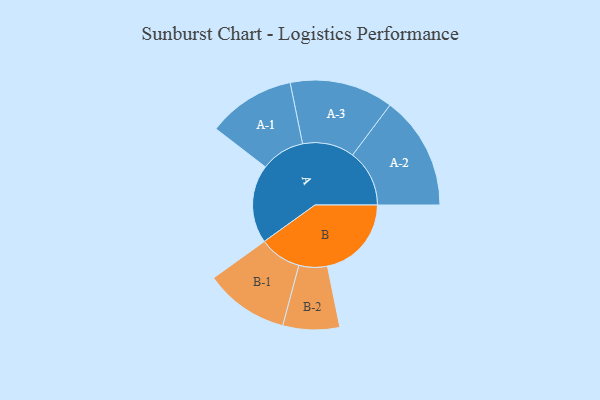
{"axis": {"x": "Segment", "y": "Value"}, "legend": ["", "A", "B"], "data": [{"x": "A", "y": 404, "type": ""}, {"x": "B", "y": 433, "type": ""}, {"x": "A-1", "y": 226, "type": "A"}, {"x": "A-2", "y": 293, "type": "A"}, {"x": "A-3", "y": 267, "type": "A"}, {"x": "B-1", "y": 217, "type": "B"}, {"x": "B-2", "y": 146, "type": "B"}]}